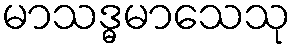
မာသဒ္ဓမာသေသု